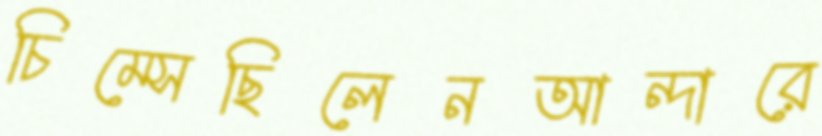
চিম্‌সেছিলেনআন্দারে